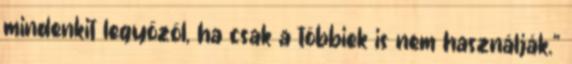
mindenkit legyőzöl, ha csak a többiek is nem használják."